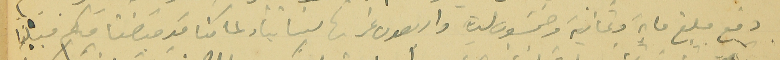
دفع مبلغ ماية وثمانية وخمسَون ليرة واربعون غرشا لبنانياً ولما كنا قد قبضنا منكم مبلغًا